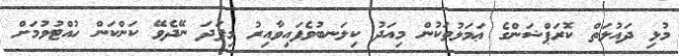
މުޅި ދައުލަތް ކޮރަޕްޝަންގެ ޢަމަލުތަކުން މިއަދު ކިލަނބުވެފައިވާއިރު މިފަދަ ނޭދެވޭ ކަންކަން ހުއްޓުވުމަށް